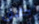
حلاق